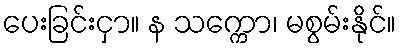
ပေးခြင်းငှာ။ န သက္ကော၊ မစွမ်းနိုင်။